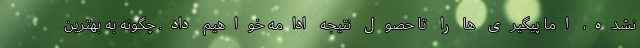
نشده، اما پیگیری ها را تا حصول نتیجه ادامه خواهیم داد. چگونه به بهترین